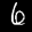
Label: 6